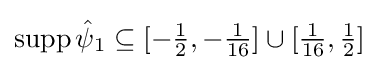
\operatorname {supp} {\hat {\psi }}_{1}\subseteq [-{\tfrac {1}{2}},-{\tfrac {1}{16}}]\cup [{\tfrac {1}{16}},{\tfrac {1}{2}}]